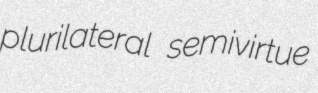
plurilateral semivirtue